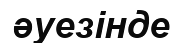
әуезінде